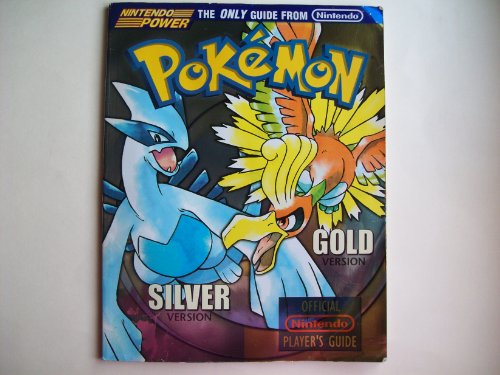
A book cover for Official Nintendo Power Pokemon Gold Version and Silver Version Player's Guide; Nintendo of America; Computers & Technology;